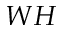
W H